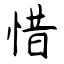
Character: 惜